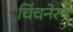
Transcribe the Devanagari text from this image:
चिंचनेरचे